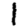
Digit: 1